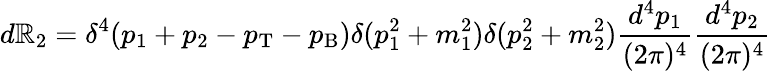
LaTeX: d\mathbb{R}_{2}=\delta^{4}(p_{1}+p_{2}-p_{\mathrm{{T}}}-p_{\mathrm{{B}}})\delta(p_{1}^{2}+m_{1}^{2})\delta(p_{2}^{2}+m_{2}^{2})\frac{{d^{4}p_{1}}}{{(2\pi)^{4}}}\frac{{d^{4}p_{2}}}{{(2\pi)^{4}}}